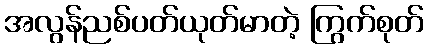
အလွန်ညစ်ပတ်ယုတ်မာတဲ့ ကြွက်စုတ်